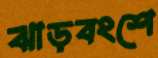
ঝাড়বংশে